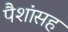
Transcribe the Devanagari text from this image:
पैशांसह